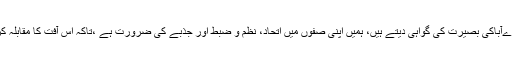
ان کا کہنا تھا کہ 70 سال کےحالات و واقعات ہمارےآباکی بصیرت کی گواہی دیتے ہیں، ہمیں اپنی صفوں میں اتحاد، نظم و ضبط اور جذبے کی ضرورت ہے ،تاکہ اس آفت کا مقابلہ کرسکیں جس نے دنیا کو اپنی لپیٹ میں لے رکھا ہے۔